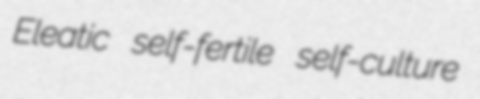
Eleatic self-fertile self-culture